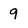
Character: 9